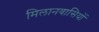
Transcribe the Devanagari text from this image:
मिलानवासियों